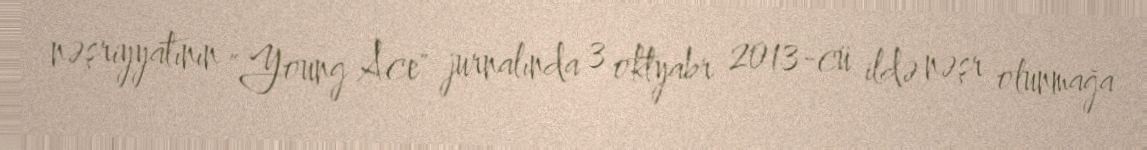
nəşriyyatının "Young Ace" jurnalında 3 oktyabr 2013-cü ildə nəşr olunmağa